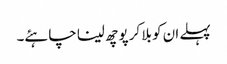
پہلے ان کو بلا کر پوچھ لینا چاہئے۔